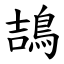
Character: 鴶